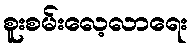
စူးစမ်းလေ့လာရေး